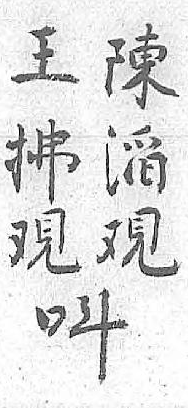
陳王呌㴞拂 覌覌